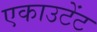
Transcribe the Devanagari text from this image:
एकाउटेंट